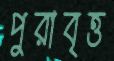
পুরাবৃত্ত